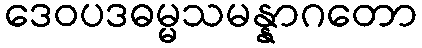
ဒေဝပဒဓမ္မသမန္နာဂတော